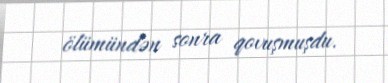
ölümündən sonra qovuşmuşdu.